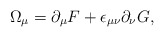
\begin{align*}\Omega_{\mu}=\partial_{\mu}F+\epsilon_{\mu\nu}\partial_{\nu}G,\end{align*}